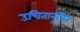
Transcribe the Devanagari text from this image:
उचितानुचित